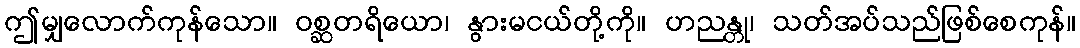
ဤမျှလောက်ကုန်သော။ ဝစ္ဆတရိယော၊ နွားမငယ်တို့ကို။ ဟညန္တု၊ သတ်အပ်သည်ဖြစ်စေကုန်။